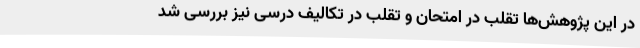
در این پژوهش‌ها تقلب در امتحان و تقلب در تکالیف درسی نیز بررسی شد